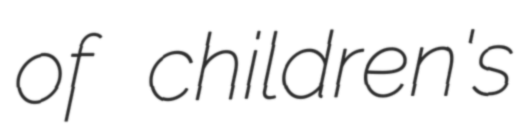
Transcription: of children's